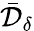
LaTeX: \bar{\mathcal{D}}_{\delta}